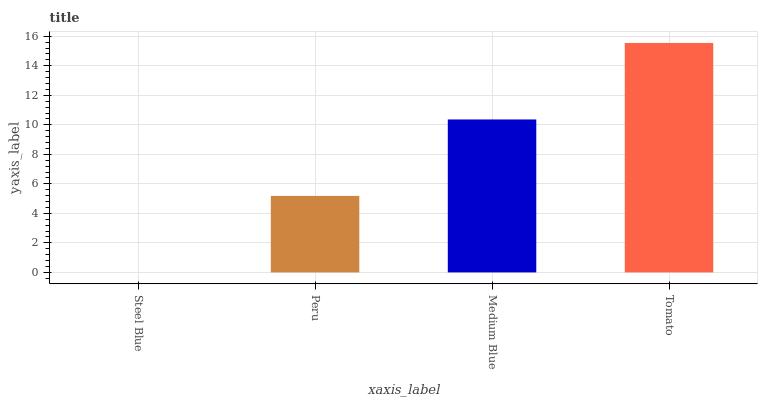
| xaxis_label | bars |
 | --- | --- |
 | Steel Blue | 0 |
 | Peru | 5.18 |
 | Medium Blue | 10.4 |
 | Tomato | 15.5 |